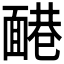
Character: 𩈷